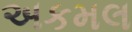
અકમલ